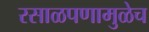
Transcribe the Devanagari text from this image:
रसाळपणामुळेच